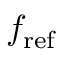
f _ { \mathrm { r e f } }